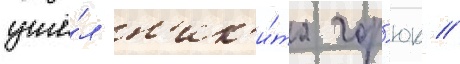
ушё́л н'ик'и́та гор'юк //